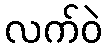
လက်ဝဲ